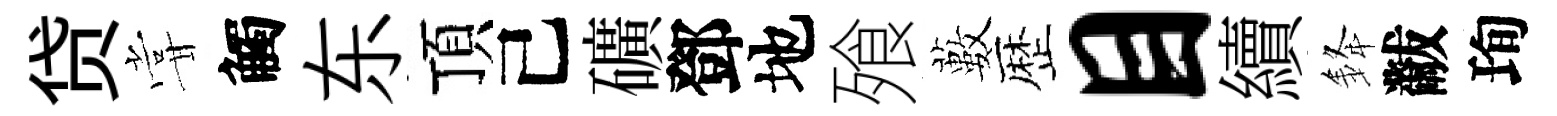
贷甞觸东頂己礦鄧地飱藪歴目續𨦟黻珣